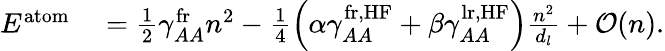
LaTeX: \begin{array}{rl}{E^{\mathrm{atom}}}&{{}=\frac{1}{2}\gamma_{AA}^{\mathrm{fr}}n^{2}-\frac{1}{4}\left(\alpha\gamma_{AA}^{\mathrm{fr,HF}}+\beta\gamma_{AA}^{\mathrm{lr,HF}}\right)\frac{n^{2}}{d_{l}}+\mathcal{O}(n).}\end{array}